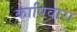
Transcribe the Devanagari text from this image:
कापिवारा